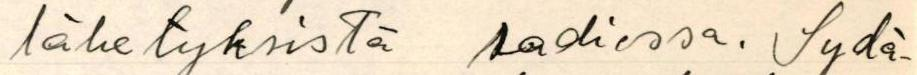
lähetyksistä radiossa. Sydä-